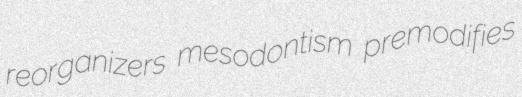
reorganizers mesodontism premodifies